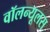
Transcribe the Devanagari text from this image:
वॉलन्यूलस